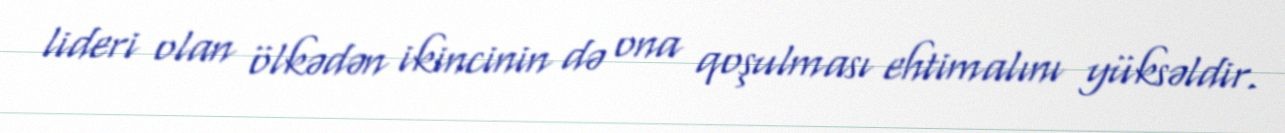
lideri olan ölkədən ikincinin də ona qoşulması ehtimalını yüksəldir.